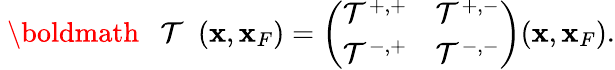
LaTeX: \begin{array}{r}{{{{\mathrm{~\boldmath~{~\cal~T~}~}}}}({\mathbf x},{\mathbf x}_{F})=\left(\begin{array}{ll}{{\cal T}^{+,+}}&{{\cal T}^{+,-}}\\ {{\cal T}^{-,+}}&{{\cal T}^{-,-}}\end{array}\right)({\mathbf x},{\mathbf x}_{F}).}\end{array}